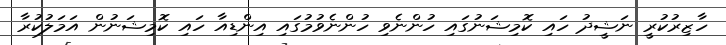
ހާޒިރުކުރީ ނަޝީދު ހައި ކޮމިޝަނުގައި ހުންނެވި ހުންނެވުމުގައި އިންޑިއާ ހައި ކޮމިޝަނުން އަމަލުކުރާ